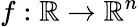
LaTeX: f:\mathbb{R}\to\mathbb{R}^{n}